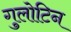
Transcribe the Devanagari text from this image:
गुलोटिन